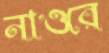
নাওরে